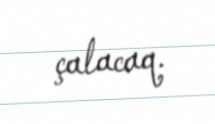
çalacaq.